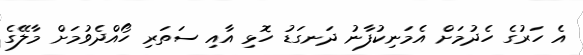
އެ ހަރުގެ ހެދުމަށް އެމަނިކުފާނު ދަނގަޑު ހޮޅި އާއި ސަތަރި ހޯއްދެވުމަށް މާލޭގެ